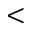
<